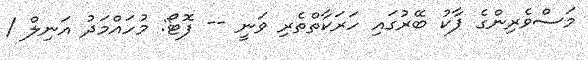
މަސްވެރިންގެ ޕާކު ބޭރުގައި ހަރަކާތްތެރި ވަނީ -- ފޮޓޯ: މުހައްމަދު އަނިލް /